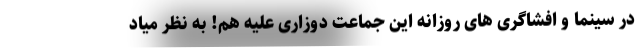
در سینما و افشاگری های روزانه این جماعت دوزاری علیه هم! به نظر میاد